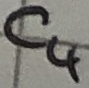
Text: C4